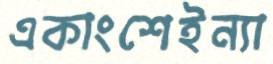
একাংশেইন্যা